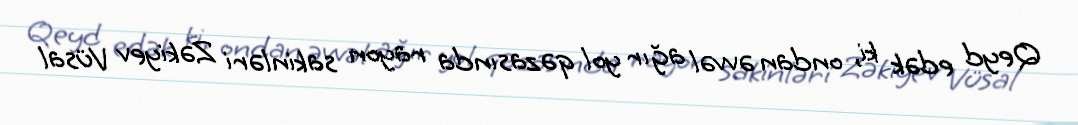
Qeyd edək ki, ondan əvvəl ağır yol qəzasında rayon sakinləri Zəkiyev Vüsal